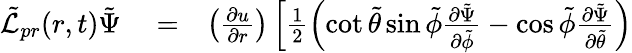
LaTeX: \begin{array}{rlr}{\tilde{\mathcal{L}}_{pr}(r,t)\tilde{\Psi}}&{{}=}&{\left(\frac{\partial u}{\partial r}\right)\left[\frac{1}{2}\left(\cot{\tilde{\theta}}\sin{\tilde{\phi}}\frac{\partial\tilde{\Psi}}{\partial\tilde{\phi}}-\cos{\tilde{\phi}}\frac{\partial\tilde{\Psi}}{\partial\tilde{\theta}}\right)\right.}\end{array}